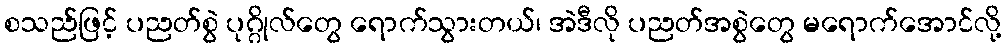
စသည်ဖြင့် ပညတ်စွဲ ပုဂ္ဂိုလ်တွေ ရောက်သွားတယ်၊ အဲဒီလို ပညတ်အစွဲတွေ မရောက်အောင်လို့